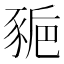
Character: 𧱒